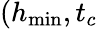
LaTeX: (h_{\operatorname*{min}},t_{c}